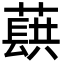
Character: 蕻